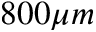
8 0 0 \mu m